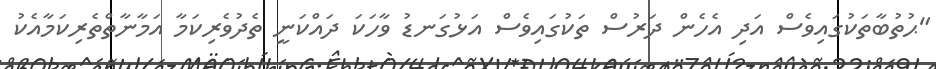
"ޙުތުބާތަކުގައިވެސް އަދި އެހެން ދަރުސް ތަކުގައިވެސް އަޅުގަނޑު ވާހަކަ ދައްކަނީ ތެދުވެރިކަމާ އަމާނާތްތެރިކަމާއެކު